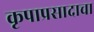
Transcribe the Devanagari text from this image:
कृपाप्रसादाचा